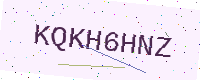
Text: KQKH6HNZ